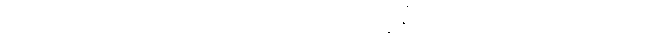
ဆိုသည်၊] မေတ္တိယံ၊ မေတ္တိယာမည်သော။ ဘိက္ခုနိံ၊ ကို။ [အရှင်ဒဗ္ဗကို စွပ်စွဲသော